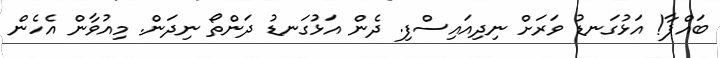
ބައްޕާ! އަޅުގަނޑު ވަރަށް ނިދިއައިސްފި. ދެން އަޅުގަނޑު ދަންތޯ ނިދަން. މިއުވާން އެހެން